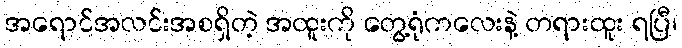
အရောင်အလင်းအစရှိတဲ့ အထူးကို တွေ့ရုံကလေးနဲ့ တရားထူး ရပြီ၊